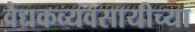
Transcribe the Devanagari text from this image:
वैद्यकव्यवसायीच्या